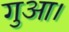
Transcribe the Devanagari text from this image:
गुआ।